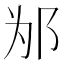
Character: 𰻦